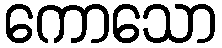
ကောသော